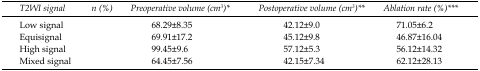
| T2WI signal | n (%) | Preoperative volume (cm3)* | Postoperative volume (cm3)** | Ablation rate (%)*** |
 | --- | --- | --- | --- | --- |
 | Low signal |  | 68.29±8.35 | 42.12±9.0 | 71.05±6.2 |
 | Equisignal |  | 69.91±17.2 | 45.12±9.8 | 46.87±16.04 |
 | High signal |  | 99.45±9.6 | 57.12±5.3 | 56.12±14.32 |
 | Mixed signal |  | 64.45±7.56 | 42.15±7.34 | 62.12±28.13 |